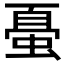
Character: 𰳀